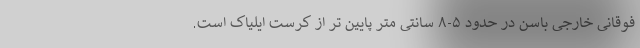
فوقانی خارجی باسن در حدود ۵-۸ سانتی متر پایین تر از کرست ایلیاک است.